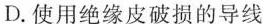
D.使用绝缘皮破损的导线